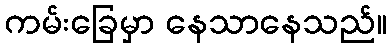
ကမ်းခြေမှာ နေသာနေသည်။